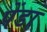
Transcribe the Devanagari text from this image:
पेंडा